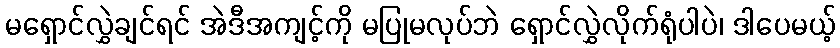
မရှောင်လွှဲချင်ရင် အဲဒီအကျင့်ကို မပြုမလုပ်ဘဲ ရှောင်လွှဲလိုက်ရုံပါပဲ၊ ဒါပေမယ့်